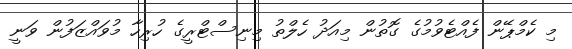
މި ކެމްޕޭން ފެއްޓެވުމުގެ ގޮތުން މިއަދު ހެލްތު މިނިސްޓްރީގެ ހުރިހާ މުވައްޒަފުން ވަނީ